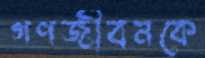
গণজীবনকে